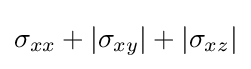
\sigma _{xx}+|\sigma _{xy}|+|\sigma _{xz}|